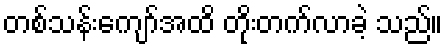
တစ်သန်းကျော်အထိ တိုးတက်လာခဲ့ သည်။